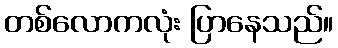
တစ်လောကလုံး ပြာနေသည်။